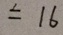
= 1 6